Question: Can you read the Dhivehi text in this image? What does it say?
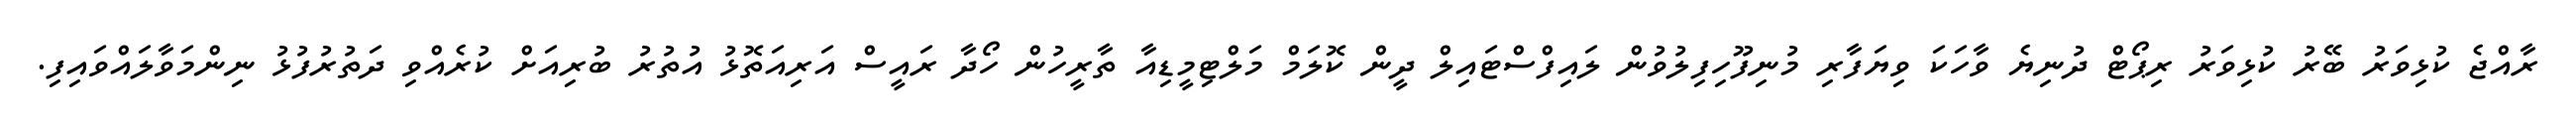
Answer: ރާއްޖެ ކުޅިވަރު ބޭރު ކުޅިވަރު ރިޕޯޓް ދުނިޔެ ވާހަކަ ވިޔަފާރި މުނިފޫހިފިލުވުން ލައިފްސްޓައިލް ދީން ކޮލަމް މަލްޓިމީޑިއާ ތާރީހުން ހޯދާ ރައީސް އަރިއަތޮޅު އުތުރު ބުރިއަށް ކުރެއްވި ދަތުރުފުޅު ނިންމަވާލައްވައިފި.